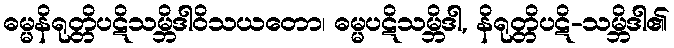
ဓမ္မနိရုတ္တိပဋိသမ္ဘိဒါဝိသယတော၊ ဓမ္မပဋိသမ္ဘိဒါ, နိရုတ္တိပဋိ-သမ္ဘိဒါ၏